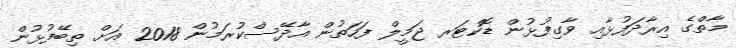
މާތްގެ އިރާދަފުޅާއި ވާގިފުޅުން ޑޮކްޓަރ ޖަމީލް ފަހަތުން އާދޭސްކުރަމުން 2018 އަށް ތިބޭފުޅުން